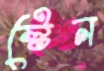
স্টেন